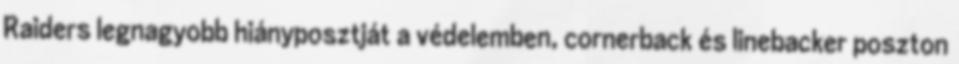
Raiders legnagyobb hiányposztját a védelemben, cornerback és linebacker poszton